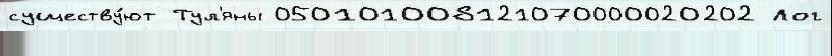
существу́ют Тул'яны 050101008121070000020202 Лог